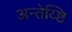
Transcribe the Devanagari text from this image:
अन्तेय्ष्टि